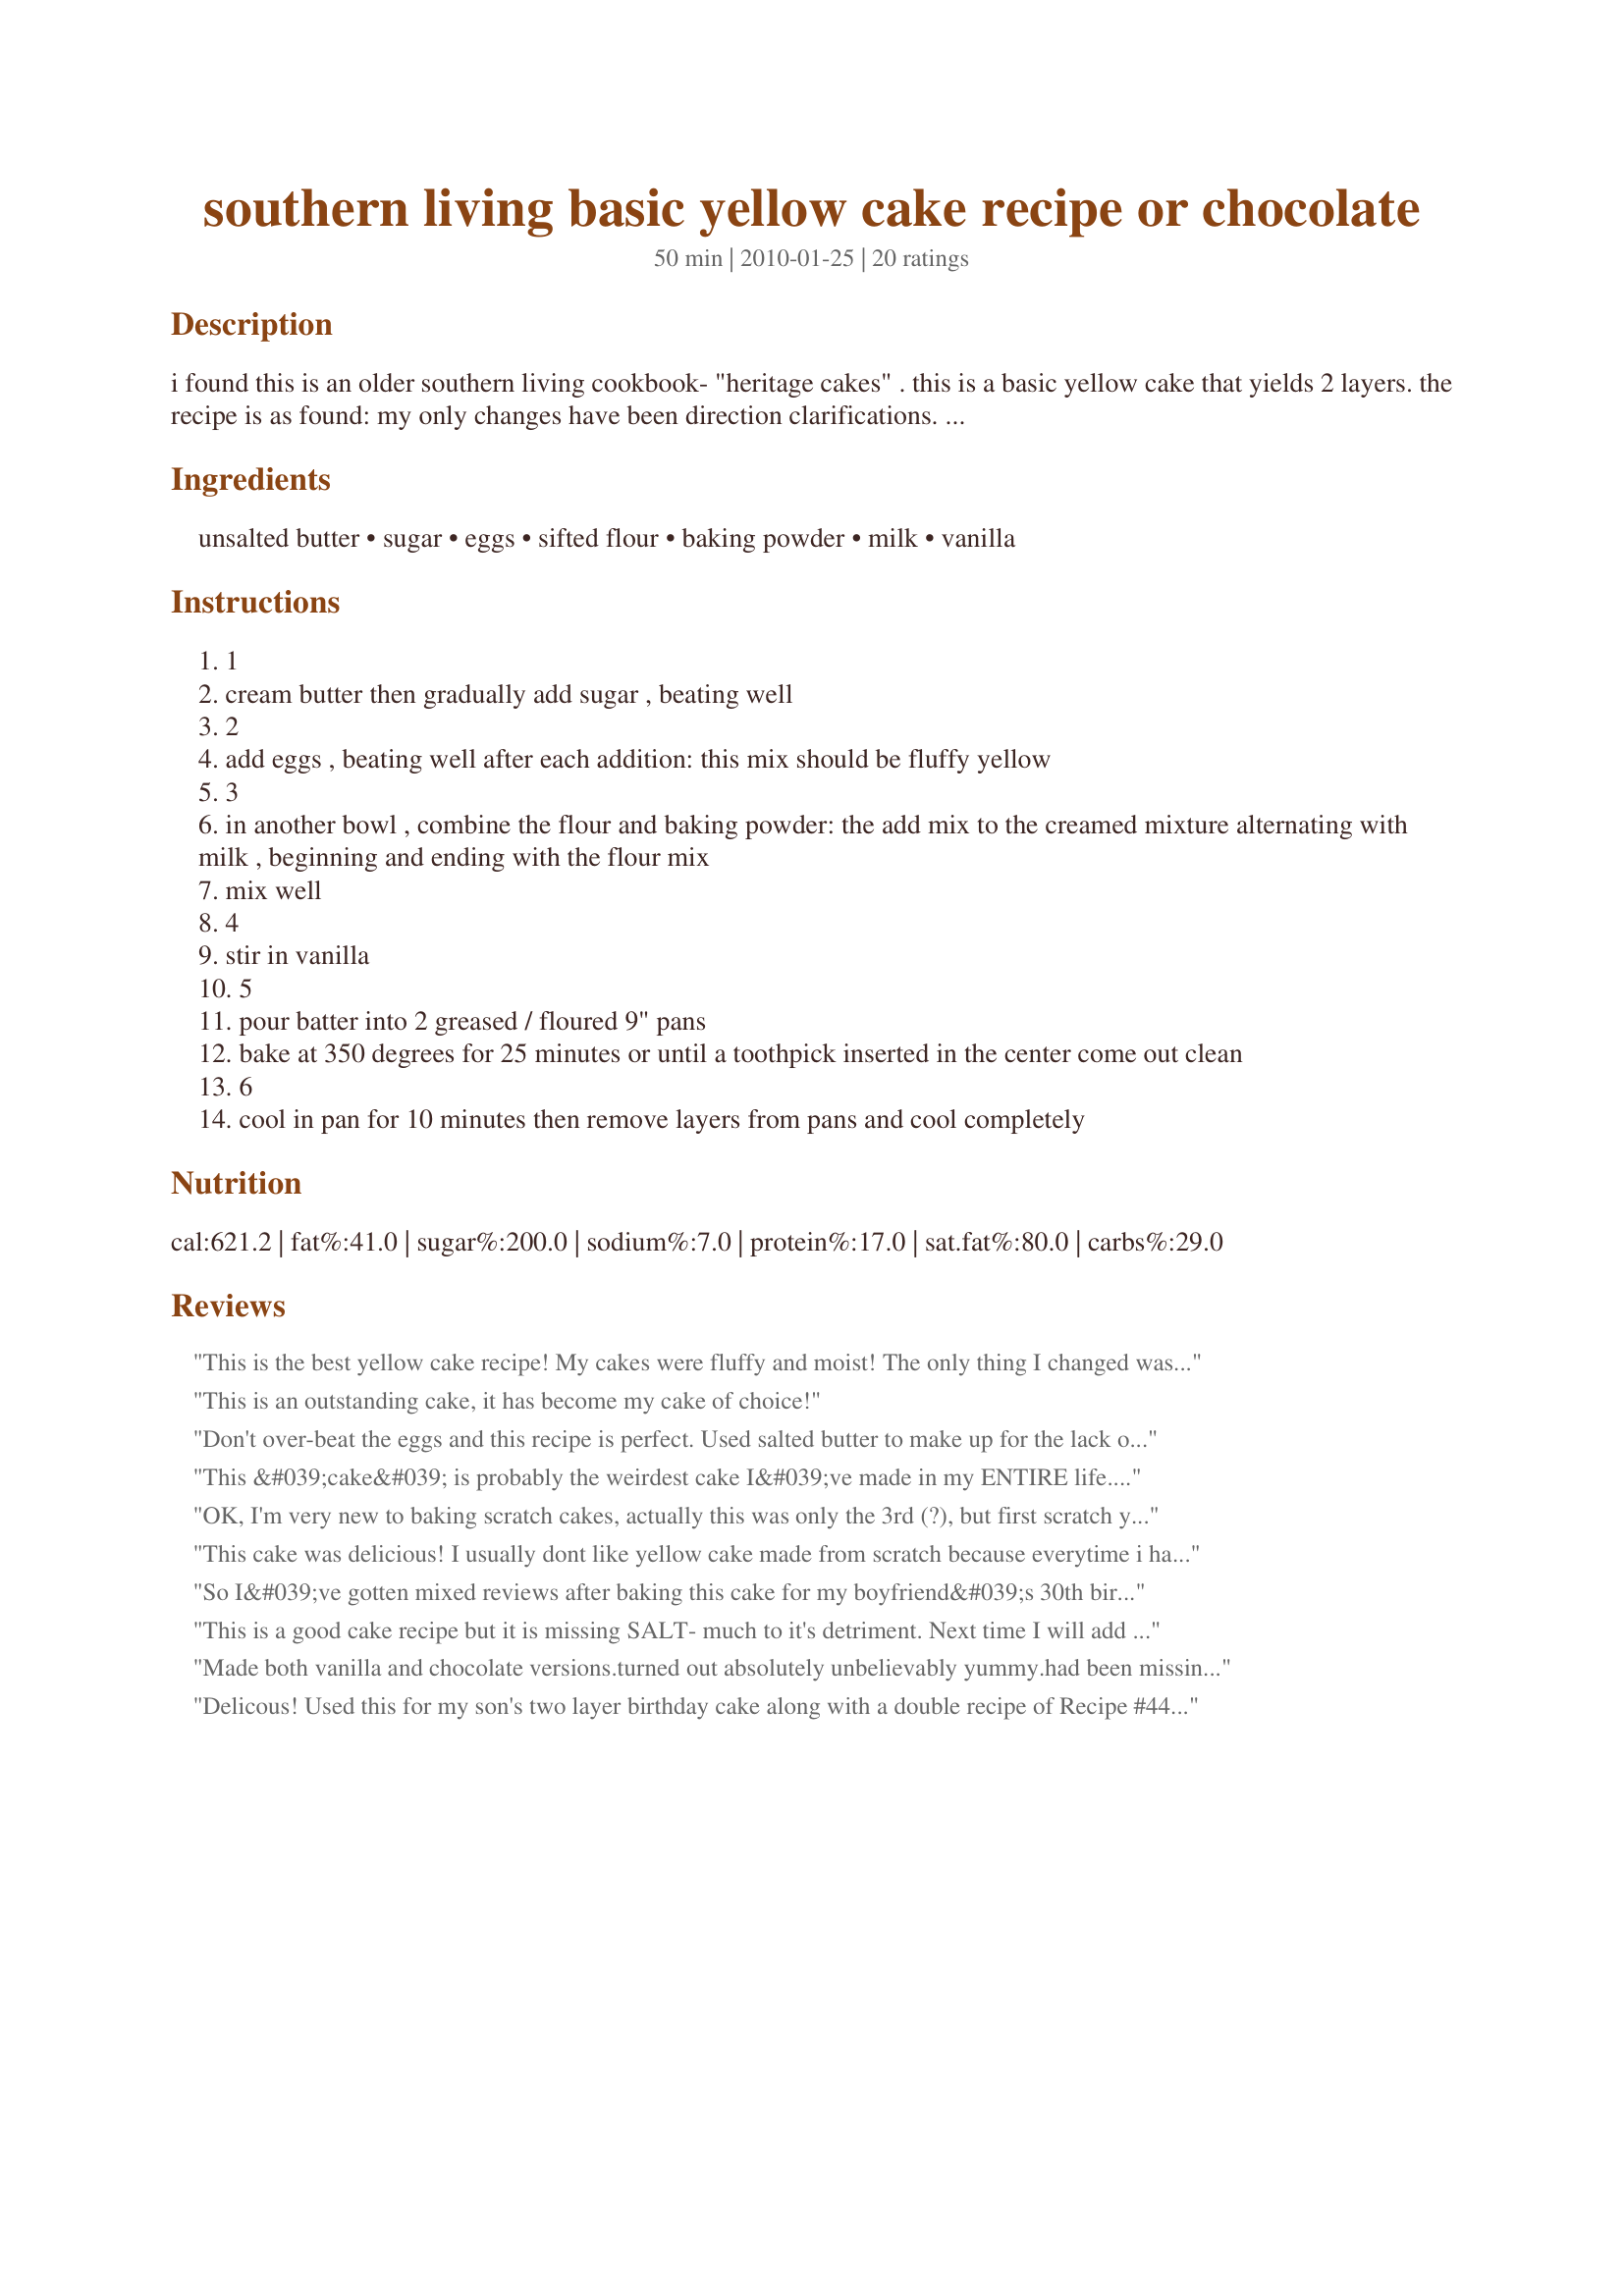
southern living basic yellow cake recipe or chocolate
Preparation time: 50 minutes

i found this is an older southern living cookbook- "heritage cakes" .
this is a basic yellow cake that yields 2 layers. the recipe is as found: my only changes have been direction clarifications.
for chocolate cake: add 3 ( 1 oz.) squares of unsweetened choclate, melted in a double boiler, to the creamed mixture.

Ingredients:
unsalted butter, sugar, eggs, sifted flour, baking powder, milk, vanilla

Steps:
1
cream butter then gradually add sugar , beating well
2
add eggs , beating well after each addition: this mix should be fluffy yellow
3
in another bowl , combine the flour and baking powder: the add mix to the creamed mixture alternating with milk , beginning and ending with the flour mix
mix well
4
stir in vanilla
5
pour batter into 2 greased / floured 9" pans
bake at 350 degrees for 25 minutes or until a toothpick inserted in the center come out clean
6
cool in pan for 10 minutes then remove layers from pans and cool completely

Reviews:
This is the best yellow cake recipe! My cakes were fluffy and moist! The only thing I changed was I used salted butter, and a tablespoon vanilla. I definitely recommend this recipe!
This is an outstanding cake, it has become my cake of choice!
Don't over-beat the eggs and this recipe is perfect. Used salted butter to make up for the lack of salt in recipe. Seems that salt is definitely necessary.
This &#039;cake&#039; is probably the weirdest cake I&#039;ve made in my ENTIRE life. I followed the directions perfectly and only variation I made was adding a pinch of salt like the other reviews that says it&#039;s &quot;excellent&quot; claimed should be done. I&#039;ve made plenty of homemade cakes this is probably one that will NEVER be made again, unless of course I&#039;m craving a baked pancake. Then it&#039;s perfect. The only reason I&#039;m giving it two stars is because it does taste good, when covered in a thick layer of homemade frosting. Total let down.
OK, I'm very new to baking scratch cakes, actually this was only the 3rd (?), but first scratch yellow cake. Anyway...WOW! It's fantastic!! No more boxed cakes for me!!! I cut the recipe in half and it was the perfect amount of batter for 12 moist, fluffy cupcakes!!! I did cut out a TBSP of butter and added about 2 TBSPs of sourcream & a heaping 2 TBSPs cornstarch and a lil extra vanilla, oh, and 1 whole egg and the white only of another egg since this was HALF of the original recipe. I topped the off with homemade vanilla buttercream icing. This is seriously a super-duper cake recipe, perfectly sweet, moist, and deliciously fluffy!!!!!!!!!!! I would give it 10 stars if I could!! Perfect!! Thanks so much for sharing!!!
This cake was delicious! I usually dont like yellow cake made from scratch because everytime i have made one it tastes like sweet corn bread. But not this one it is moist has the perfect texture i will be using this recipe alot thank you for sharing!!!
So I&#039;ve gotten mixed reviews after baking this cake for my boyfriend&#039;s 30th birthday...It came out very very dense for my liking, almost like bread. I&#039;m not sure where I went wrong, because other reviews call it light and fluffy, and my cake was definitely not. I did add light food coloring to the mix and made it camo colors, so at least it looked cool. Can&#039;t win them all.
This is a good cake recipe but it is missing SALT- much to it's detriment. Next time I will add a 1/2 tsp to taste. This addition would have made this OK cake extremely delicious.
Made both vanilla and chocolate versions.turned out absolutely unbelievably yummy.had been missing cakes with the buttery crumb for a long time now..this is very nicely moist, tasty and the best!My friends loved it.have saved it alteady.Thanks for sharing this!
Delicous! Used this for my son's two layer birthday cake along with a double recipe of Recipe #44126. Perfect, traditional old-fashioned yellow cake with a heavier crumb. Just a note, if you are used to the light and airy texture of a cake from a cake mix, this will be quite different but so much better :) And you can pronounce all of the ingredients! I used Doughmakers pans which don't usually stick, greased and floured them, then lined with wax paper. Did have some problem with sticking so next time would use a heavy hand with the greasing and flouring. Thanks for sharing the recipe! Southern Living never disappoints!
Nice light cake - made a great SHEET cake (same temp, approx 30 min). Held up well to gobs of chocolate buttercream.
I made this cake for my husband's birthday and everyone loved it! It had a nice texture. I topped it with an old fashioned boiled icing and it was delicious! This will be my go to birthday cake recipe. Thanks!
Absolutely wonderful! I found it even better the next day. I did the http://www.food.com/recipe/cake-flour-substitute-87689 instead of all purpose flour. The conversion ended up being 6 tablespoons of cornstarch and the remainder of the cup being APF. Nice airy consistency better than any store bought cake! I paired it with the Wilton Buttercream Icing. Yumm! Thanks for sharing.
I&#039;ve converted all my recipes to as natural, organic, preservative free as possible. I had to find a recipe for a white cake &amp; I made this one for Thanksgiving. I used cake flour &amp; I&#039;ll have to decrease the sugar next time. It was very dry despite all the rave reviews of being moist, but I think I may have mixed it for too long! I will try it again making that adjustment before I write this off!
Finally! A very moist and delicious yellow cake. I baked it in a 9 X 13 for about 25-35 minutes. Sorry, don%u2019t recall exact time. All my attempts in the past have yielded a somewhat dry cake, but yours is perfect. I will use it as a muffin base too. Thank you very much for posting.
The cake was good, although it was very dense. The cake was more like a pound cake than I expected.
This cake needs salt!
Today I had a taste for homemade yellow cake that included basic ingredients.. I came across this recipe and had to try it. I am so glad that I did :) I did cut the sugar amount to 1 1/2 cups of sugar (I always do for all recipes). And the cake came out light and fluffy and not heavy, It does not have a cornbread texture to it at all.. I have found the perfect basic cake.. The recipe is very versatile.. I would love to layer this cake with strawberries and redi whip or even make a parfait with berries and banana pudding.. Endless possibilities!
This beautifully tall cake needs a double recipe of frosting, as another reviewer noted. We enjoyed ours with Chocolate Buttercream Frosting and refrigerated due to the hot summer weather. This is the go-to yellow cake recipe!
Loved how moist and soft it is.
